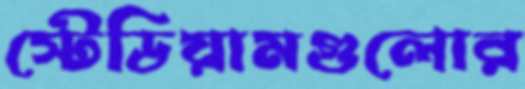
স্টেডিয়ামগুলোর